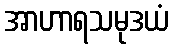
အာဟာရသမုဒယံ